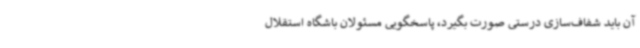
آن باید شفاف‌سازی درستی صورت بگیرد، پاسخگویی مسئولان باشگاه استقلال